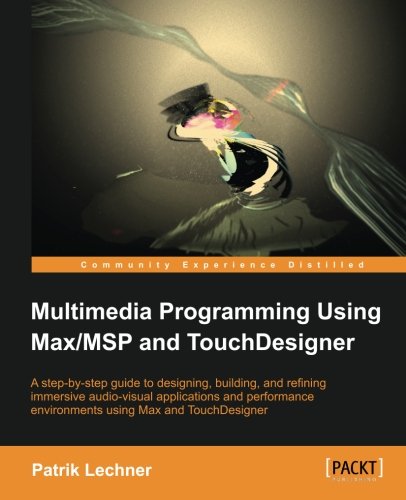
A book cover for Multimedia Programming using Max/MSP and TouchDesigner; Patrik Lechner; Computers & Technology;